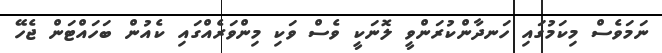
ނަމަވެސް މިކަމުގައި ހަނދާންކުރަންވީ ލޮނަކީ ވެސް ވަކި މިންވަރެއްގައި ކެއުން ބަހައްޓަން ޖެހޭ